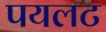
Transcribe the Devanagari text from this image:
पयलट